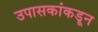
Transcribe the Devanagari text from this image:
उपासकांकडून